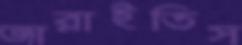
জারাইতিস